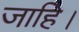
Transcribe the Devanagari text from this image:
जाहि।